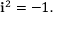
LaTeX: \mathbf { i } ^ { 2 } = - 1 .